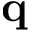
{ \bf q }